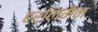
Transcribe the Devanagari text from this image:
हर्लिमैन